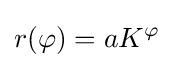
r(\varphi )=aK^{\varphi }